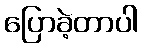
ပြောခဲ့တာပါ